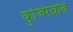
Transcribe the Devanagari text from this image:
कुज्मिचोव